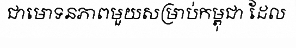
ជាមោទនភាពមួយសម្រាប់កម្ពុជា ដែល